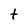
Character: t